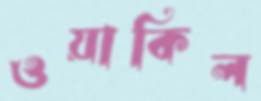
ওয়াকিল